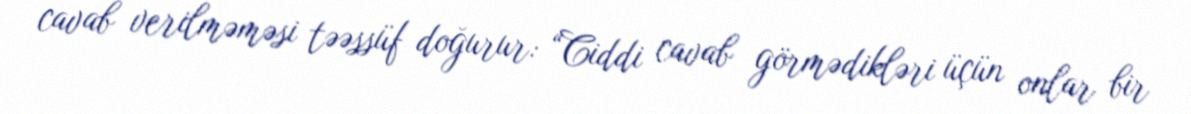
cavab verilməməsi təəssüf doğurur: “Ciddi cavab görmədikləri üçün onlar bir